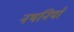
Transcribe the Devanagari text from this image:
नथनियाँ